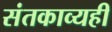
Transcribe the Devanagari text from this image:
संतकाव्यही